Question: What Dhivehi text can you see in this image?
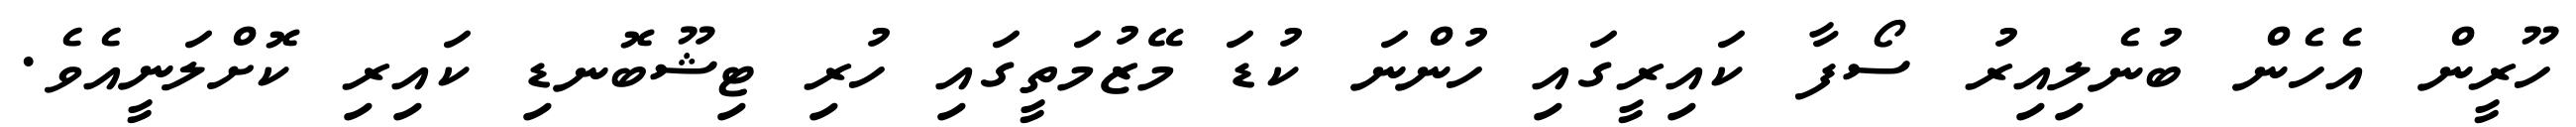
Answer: ހޫރީން އެހެން ބުނެލިއިރު ސޯފާ ކައިރީގައި ހުންނަ ކުޑަ މޭޒުމަތީގައި ހުރި ޓިޝޫބޮނޑި ކައިރި ކޮށްލަނީއެވެ.